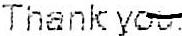
THANK YOU.